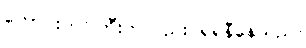
ကောင်းကင်ကြီးကလည်း ရဲရဲနီနေသည်။